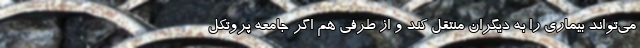
می‌تواند بیماری را به دیگران منتقل کند و از طرفی هم اگر جامعه پروتکل